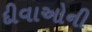
દીવાઓની